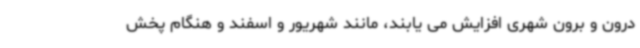
درون و برون شهری افزایش می یابند، مانند شهریور و اسفند و هنگام پخش